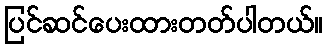
ပြင်ဆင်ပေးထားတတ်ပါတယ်။